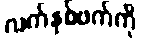
လက်နှစ်ဖက်ကို